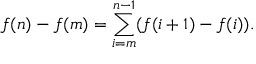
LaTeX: f ( n ) - f ( m ) = \sum _ { i = m } ^ { n - 1 } ( f ( i + 1 ) - f ( i ) ) .